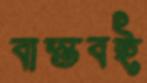
বাস্তবই